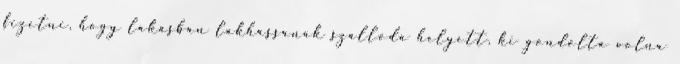
fizetni, hogy lakásban lakhassanak szálloda helyett, ki gondolta volna